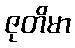
ဇုတိမာ